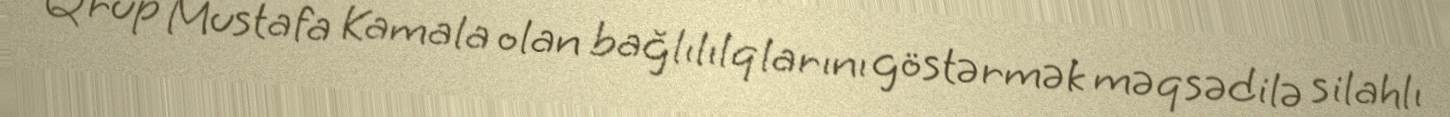
Qrup Mustafa Kamala olan bağlılılqlarını göstərmək məqsədilə silahlı